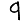
Digit: 9